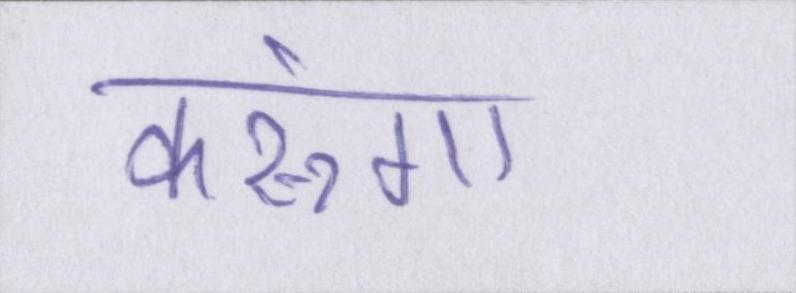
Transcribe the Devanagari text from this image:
करूंगा